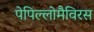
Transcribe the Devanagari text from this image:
पेपिल्लोमैविरस